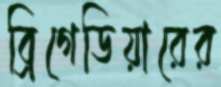
ব্রিগেডিয়ারের